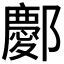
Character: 𫑭